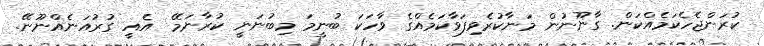
ކުރަންޖެހެކަމެއްކަން. ގާނޫނުން މަނާކުރެވިފަވާކަމެއްގެ ވާހަކަ ބުނީމަ މިބުނަނީ ކުރާނަމޭ  އެއީ ގުރުއަަނެއްނޫނޭ.